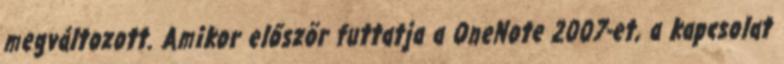
megváltozott. Amikor először futtatja a OneNote 2007-et, a kapcsolat